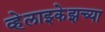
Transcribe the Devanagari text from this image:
व्हेलाझ्केझच्या